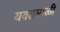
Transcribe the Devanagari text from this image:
यवतमाळी